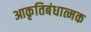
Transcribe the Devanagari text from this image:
आकृतिबंधात्मक